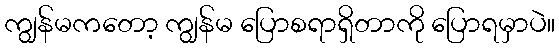
ကျွန်မကတော့ ကျွန်မ ပြောစရာရှိတာကို ပြောရမှာပဲ။